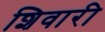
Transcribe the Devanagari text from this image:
शिवारी